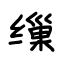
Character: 缫